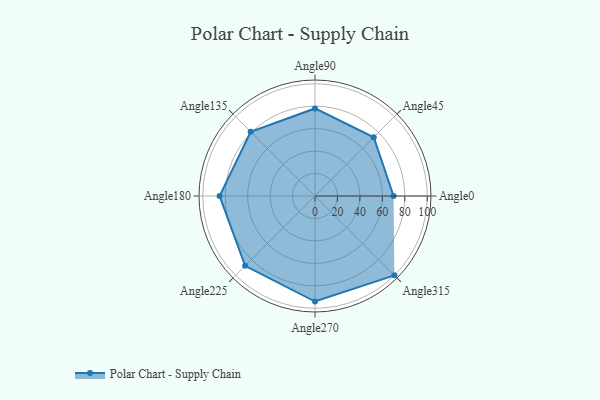
{"axis": {"x": "Angle", "y": "Radius"}, "legend": [""], "data": [{"x": "Angle0", "y": 70.0, "type": ""}, {"x": "Angle45", "y": 74.0, "type": ""}, {"x": "Angle90", "y": 78.0, "type": ""}, {"x": "Angle135", "y": 81.0, "type": ""}, {"x": "Angle180", "y": 85.0, "type": ""}, {"x": "Angle225", "y": 88.0, "type": ""}, {"x": "Angle270", "y": 94.0, "type": ""}, {"x": "Angle315", "y": 100.0, "type": ""}]}